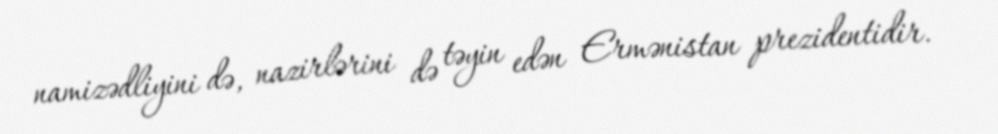
namizədliyini də, nazirlərini də təyin edən Ermənistan prezidentidir.